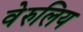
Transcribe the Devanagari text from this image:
वेरुलिय